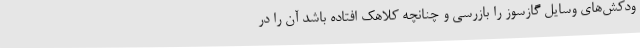
ودکش‌های وسایل گازسوز را بازرسی و چنانچه کلاهک افتاده باشد آن را در